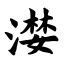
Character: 漤